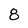
Character: 8